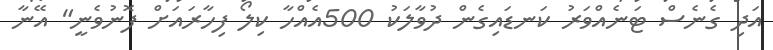
އަދި ގެނެސް ޓަނެއްވަރު ކަނޑައިގެން ދުވާލަކު 500އެއްހާ ކިލޯ ފިހާރައަށް ފޮނުވެނީ" އޭނާ